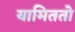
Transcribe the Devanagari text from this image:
यामिततो